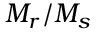
M _ { r } / M _ { s }